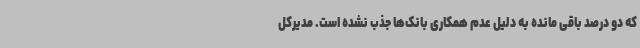
که دو درصد باقی مانده به دلیل عدم همکاری بانک‌ها جذب نشده است. مدیرکل